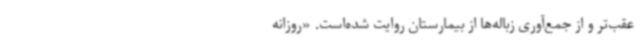
عقب‌تر و از جمع‌آوری زباله‌ها از بیمارستان روایت شده‌است. «روزانه